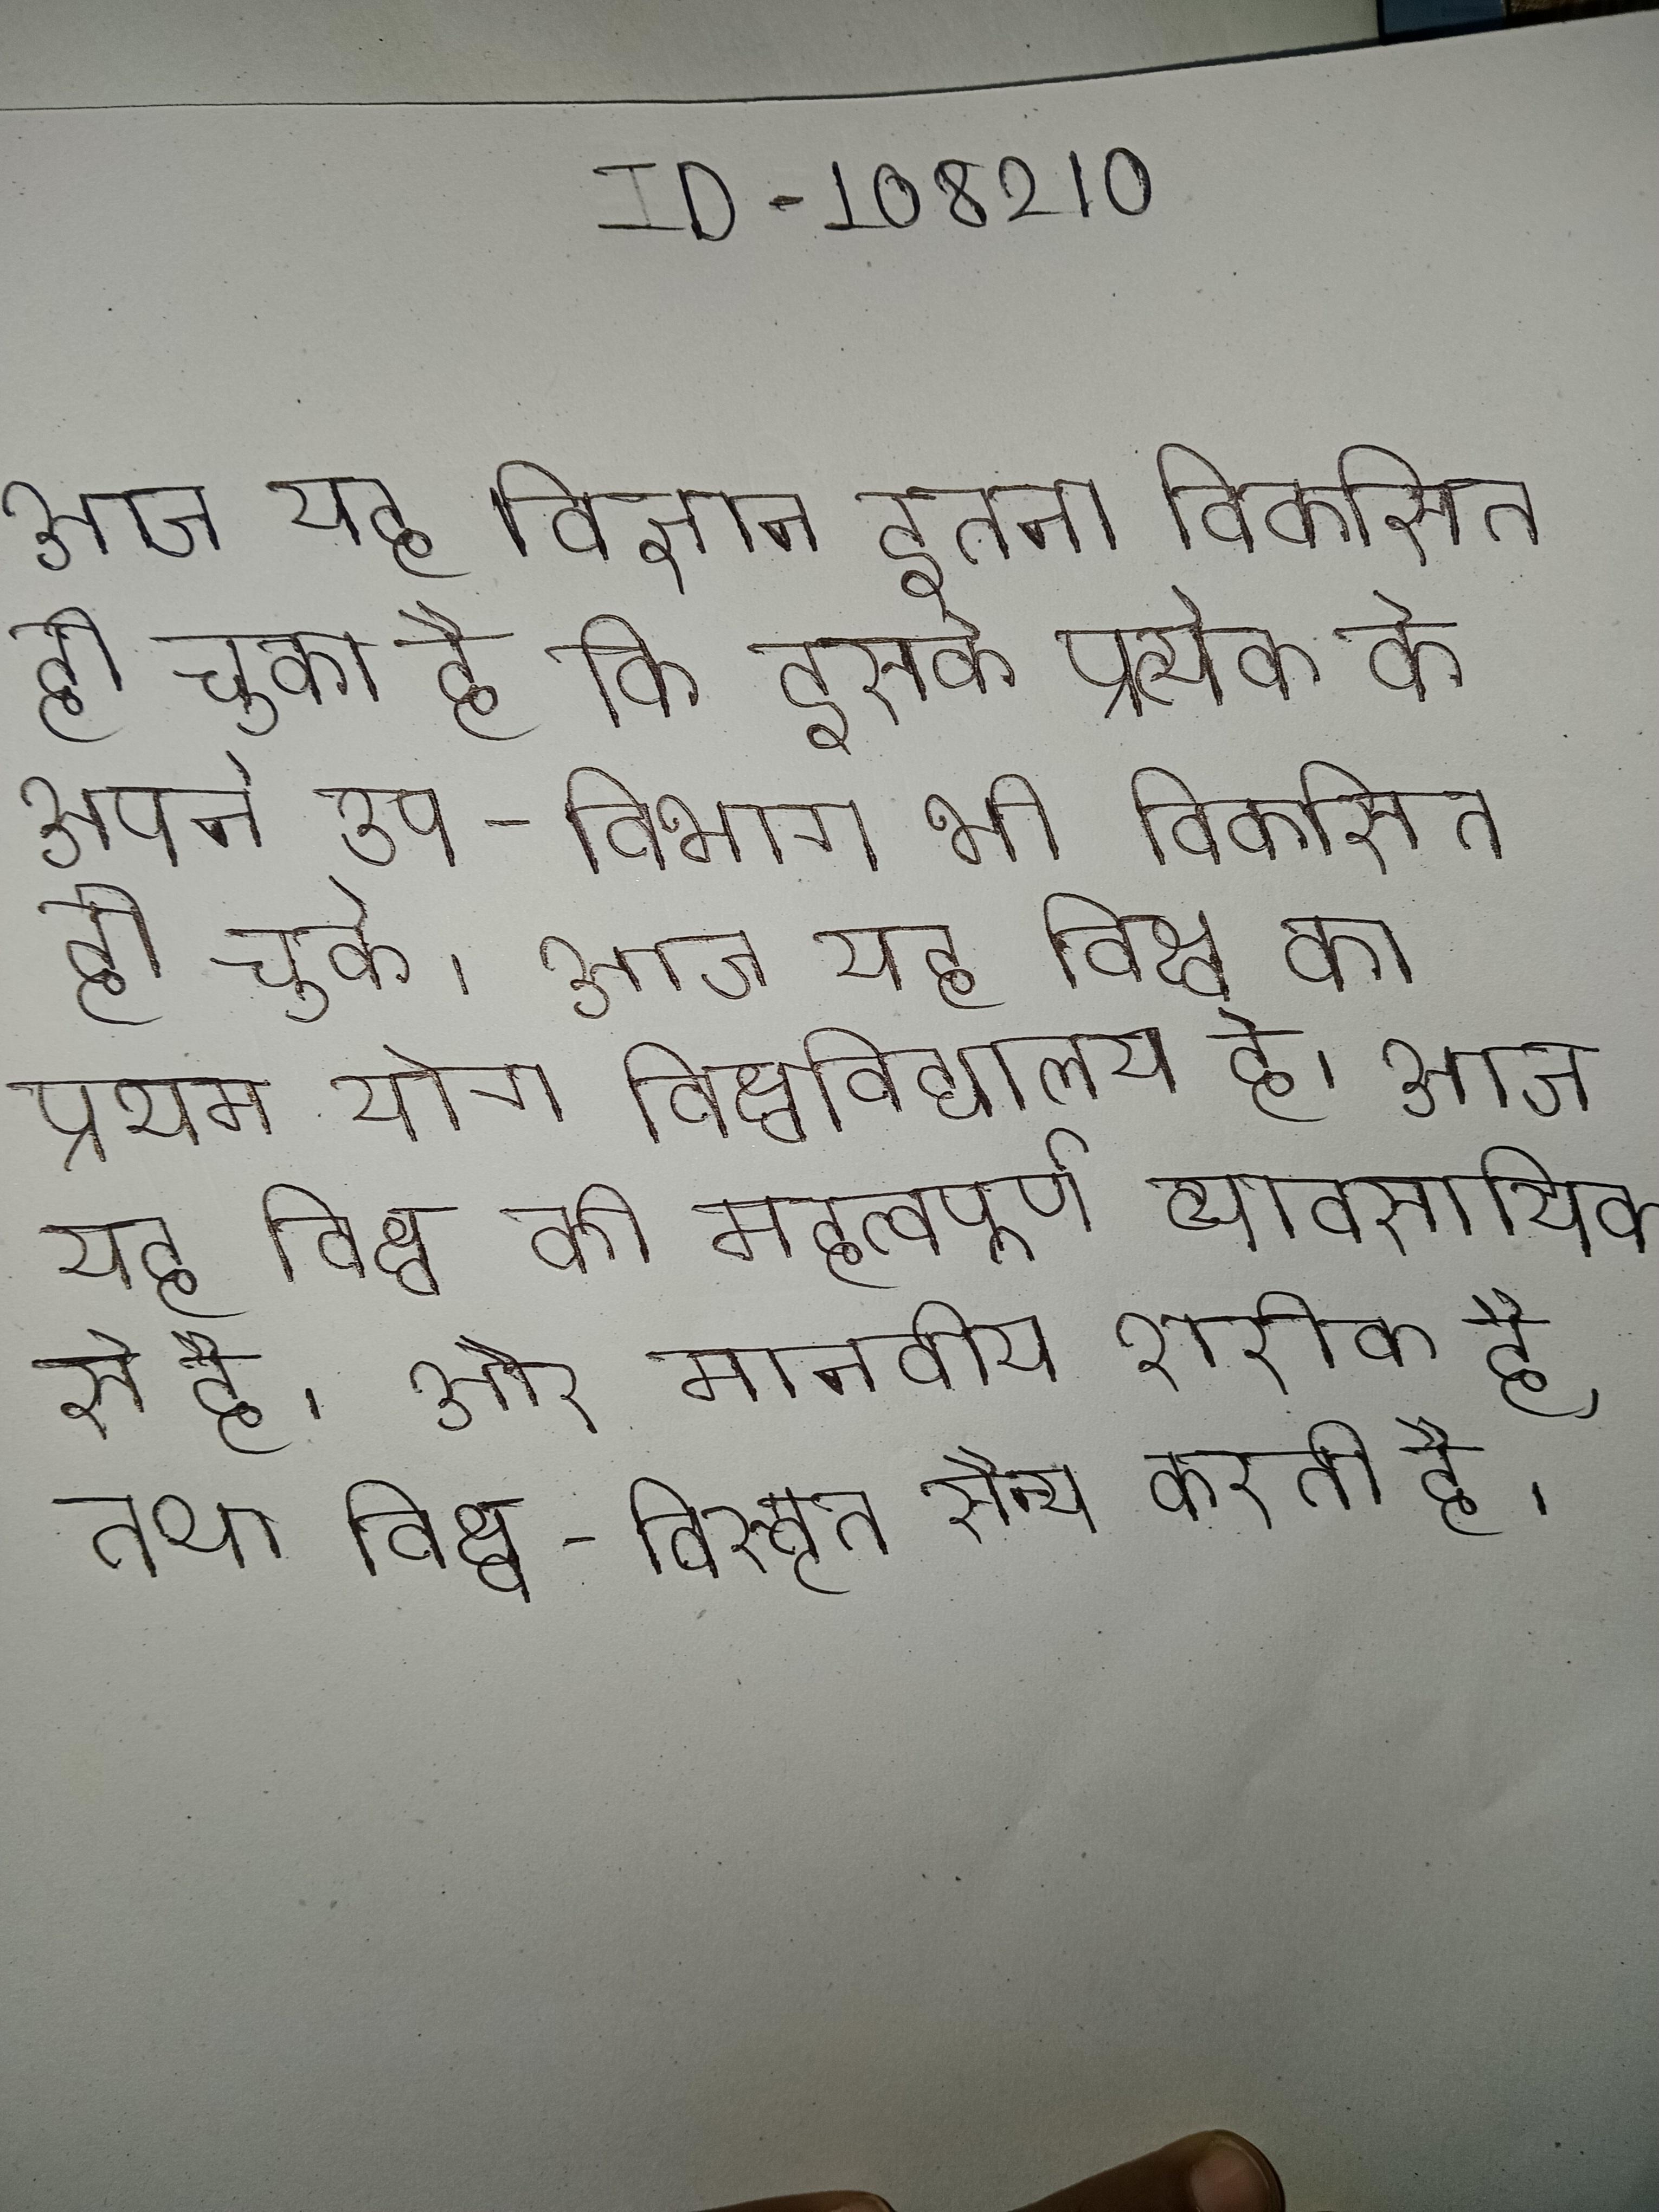
आज यह विज्ञान इतना विकसित हो चुका है कि इसके प्रत्येक के अपने उप-विभाग भी विकसित हो चुके । आज यह विश्व का प्रथम योग विश्वविद्यालय है । आज यह विश्व की महत्वपूर्ण व्यावसायिक से है । आज यह विश्व के कई और मानवीय शरीक है, तथा विश्व-विस्तृत सैन्य करती है ।